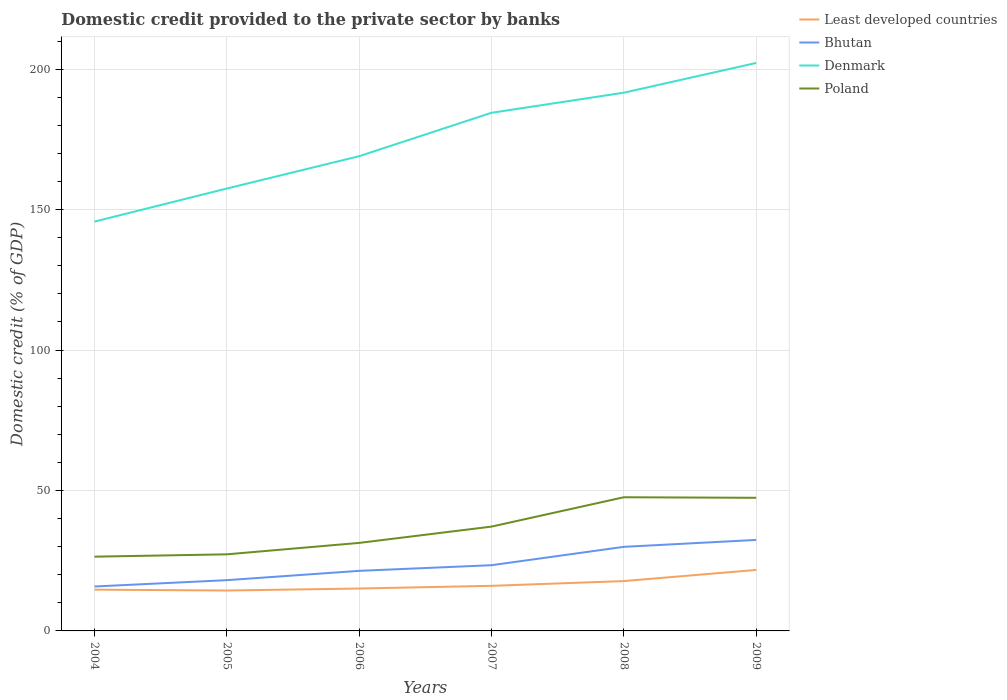
| Years | Least developed countries | Bhutan | Denmark | Poland |
 | --- | --- | --- | --- | --- |
 | 2004 | 14.7 | 15.8 | 146 | 26.4 |
 | 2005 | 14.4 | 18.1 | 157 | 27.3 |
 | 2006 | 15.1 | 21.4 | 169 | 31.3 |
 | 2007 | 16.1 | 23.4 | 184 | 37.1 |
 | 2008 | 17.7 | 29.9 | 192 | 47.6 |
 | 2009 | 21.7 | 32.4 | 202 | 47.4 |